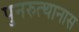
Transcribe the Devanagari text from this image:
पुनरुत्थानास